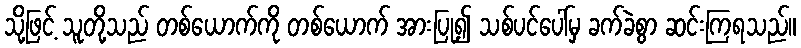
သို့ဖြင့် သူတို့သည် တစ်ယောက်ကို တစ်ယောက် အားပြု၍ သစ်ပင်ပေါ်မှ ခက်ခဲစွာ ဆင်းကြရသည်။